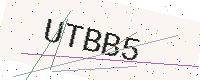
Text: UTBB5